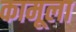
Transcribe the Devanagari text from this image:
कामूला